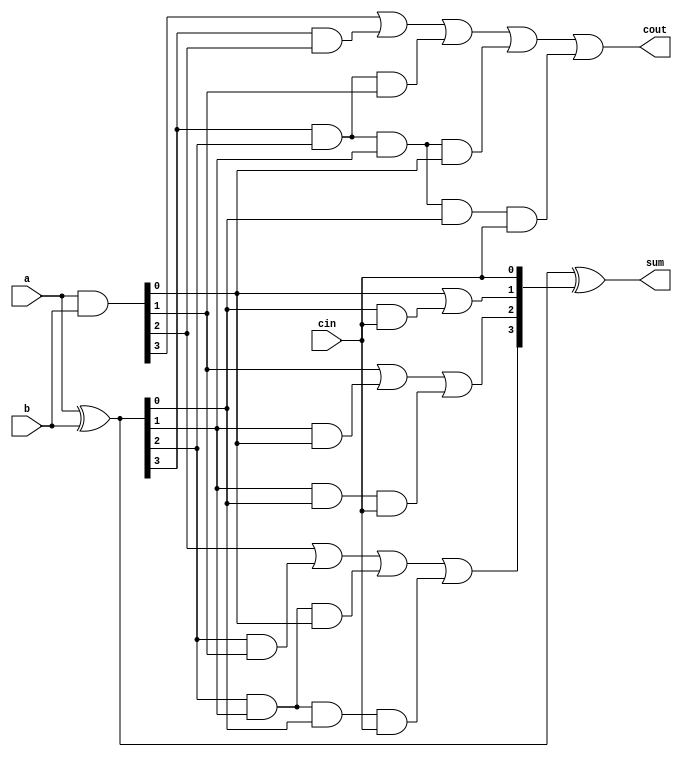
`timescale 1ns / 1ps
//////////////////////////////////////////////////////////////////////////////////
// Company: 
// Engineer: 
// 
// Design Name: 
// Module Name:    carry_look_ahead_4bit 
// Project Name: 
// Target Devices: 
// Tool versions: 
// Description: 
//
// Dependencies: 
//
// Revision: 
// Revision 0.01 - File Created
// Additional Comments: 
//
//////////////////////////////////////////////////////////////////////////////////
module carry_look_ahead_4bit(
    input [3:0] a,b,
    input cin,
    output [3:0] sum,
    output cout
    );
    wire [3:0] p,g,c;
 
    assign p=a^b;//propagate
    assign g=a&b; //generate
 
    //carry=gi + Pi.ci
 
    assign c[0]=cin;
    assign c[1]= g[0]|(p[0]&c[0]);
    assign c[2]= g[1] | (p[1]&g[0]) | p[1]&p[0]&c[0];
    assign c[3]= g[2] | (p[2]&g[1]) | p[2]&p[1]&g[0] | p[2]&p[1]&p[0]&c[0];
    assign cout= g[3] | (p[3]&g[2]) | p[3]&p[2]&g[1] | p[3]&p[2]&p[1]&g[0] | p[3]&p[2]&p[1]&p[0]&c[0];
    assign sum=p^c;

endmodule